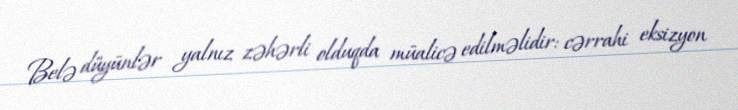
Belə düyünlər yalnız zəhərli olduqda müalicə edilməlidir: cərrahi eksizyon